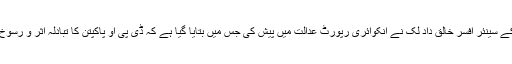
اس موقع پر پنجاب پولیس کے سینئر افسر خالق داد لک نے انکوائری رپورٹ عدالت میں پیش کی جس میں بتایا گیا ہے کہ ڈی پی او پاکپتن کا تبادلہ اثر و رسوخ کی بنیاد پر ہی کیا گیا تھا۔